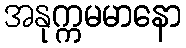
အနုက္ကမမာနော